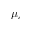
\mu _ { c }